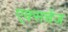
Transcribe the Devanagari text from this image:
ए्क्सचेंज